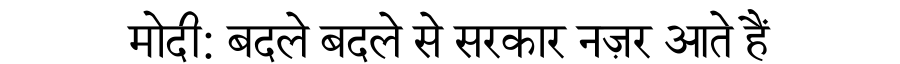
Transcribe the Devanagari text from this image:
मोदी: बदले बदले से सरकार नज़र आते हैं